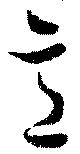
意